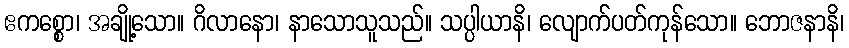
ဧကစ္စော၊ အချို့သော။ ဂိလာနော၊ နာသောသူသည်။ သပ္ပါယာနိ၊ လျောက်ပတ်ကုန်သော။ ဘောဇနာနိ၊